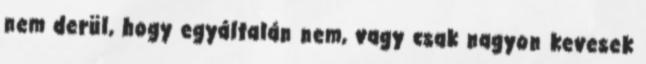
nem derül, hogy egyáltalán nem, vagy csak nagyon kevesek